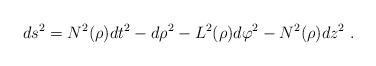
\begin{align*}ds^2=N^2(\rho)dt^2-d\rho^2-L^2(\rho)d\varphi^2-N^2(\rho)dz^2 \ .\end{align*}